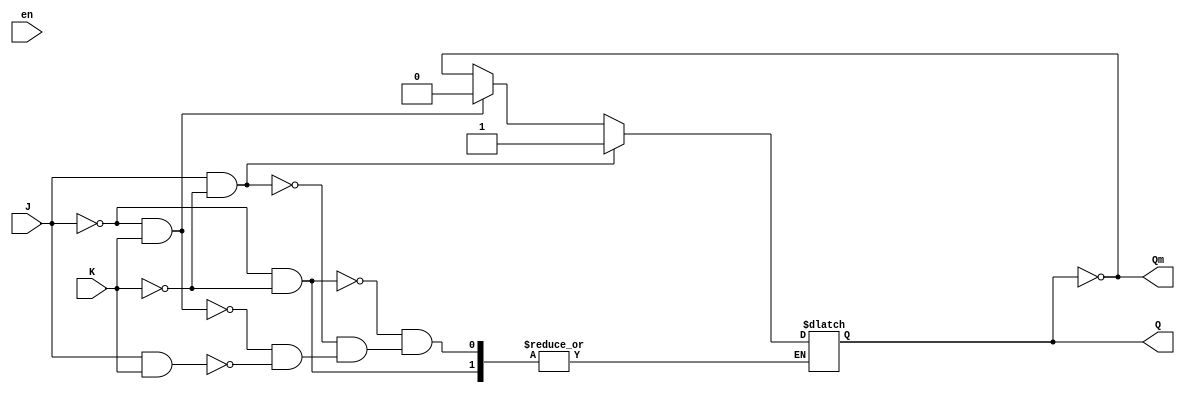
`timescale 1ns / 10ps
module JKLatch(J, K, en, Q,Qm);
input J, K, en;
output reg Q;
output Qm;
always @(en)
begin
if(J == 0 && K == 0)
Q <= Q;
else if(J == 1 && K == 0)
Q <= 1;
else if(J == 0 && K == 1)
Q <= 0;
else if(J == 1 && K == 1)
Q <= ~Q;
end
assign Qm=~Q;
endmodule